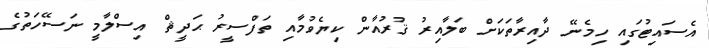
އެސައިޓުގައި ހިމެނޭ ދާއިރާތަކަށް ބަލާއިރު ޤުރުއާން ކިޔެވުމާއި ތަފްސީރު ޙަދީޘް އިސްލާމީ ނަސޭހަތުގެ